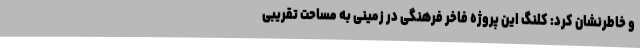
و خاطرنشان کرد: کلنگ این پروژه فاخر فرهنگی در زمینی به مساحت تقریبی